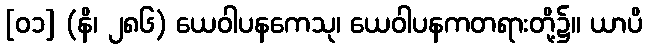
[၀၁] (နိ၊ ၂၈၆) ယေဝါပနကေသု၊ ယေဝါပနကတရားတို့၌။ ယာပိ